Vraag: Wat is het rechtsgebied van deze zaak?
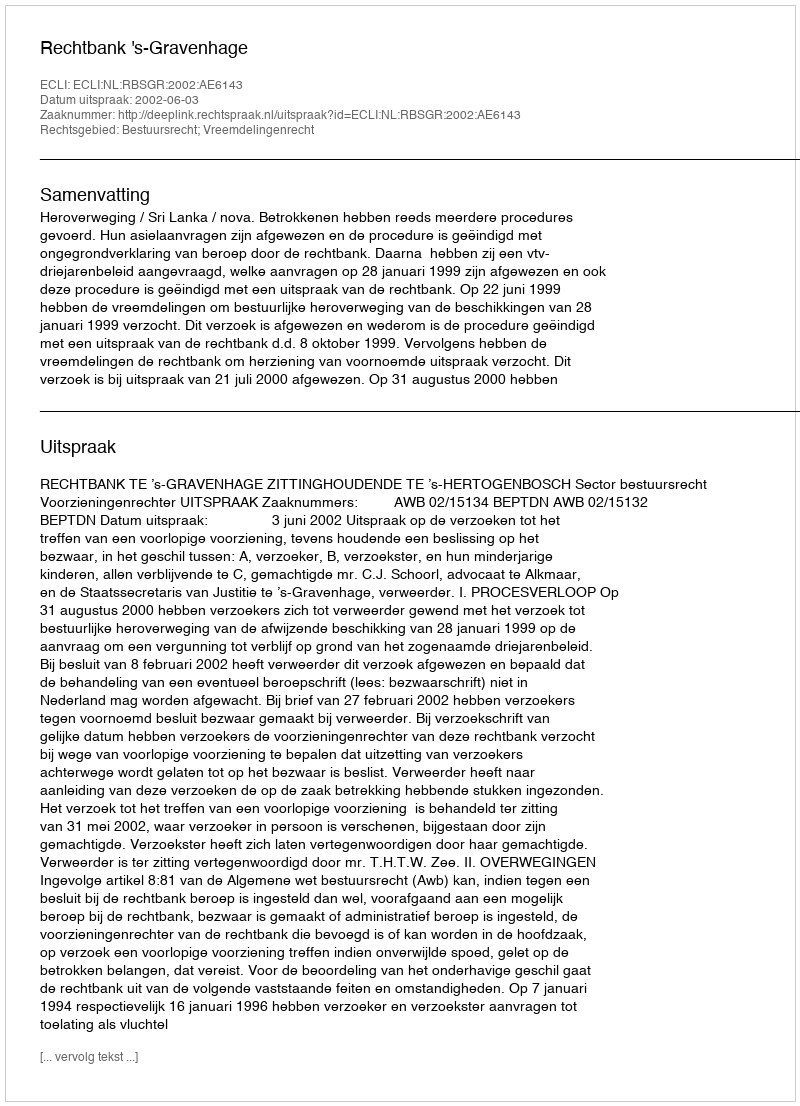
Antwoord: Bestuursrecht; Vreemdelingenrecht